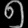
Digit: ၅